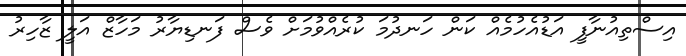
އިސްތިއުނާފީ އަޑުއެހުމެއް ކަން ހަނދުމަ ކުރެއްވުމަށް ވެސް ފަނޑިޔާރު މަހާޒް އަލީ ޒާހިރު